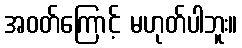
အဝတ်ကြောင့် မဟုတ်ပါဘူး။